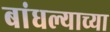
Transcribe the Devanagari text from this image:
बांधल्याच्या